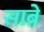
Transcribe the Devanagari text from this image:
साब्रे